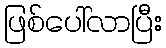
ဖြစ်ပေါ်လာပြီး